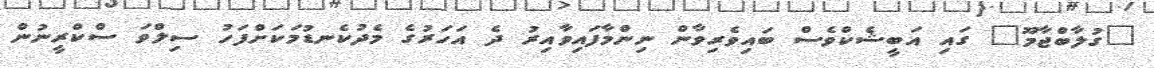
"ގުލާބްޖާމޫ" ގައި އަބީޝެކްވެސް ބައިވެރިވާން ނިންމާފައިވާއިރު ދެ އަހަރުގެ މެދުކެނޑުމަކަށްފަހު ސިލްވަ ސްކްރީނުން